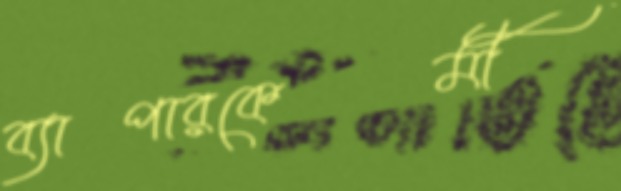
ব্যাপারকেমী